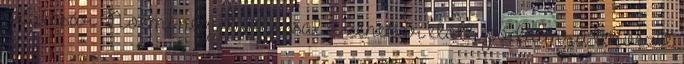
Kulcsár Noémi négy táncossal a zenekar előtti pódiumra tervezte